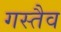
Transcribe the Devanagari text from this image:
गस्तैव